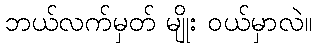
ဘယ်လက်မှတ် မျိုး ဝယ်မှာလဲ။